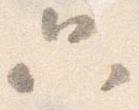
只